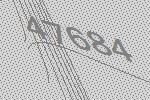
47684